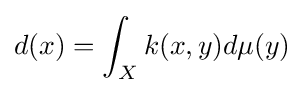
d(x)=\int _{X}k(x,y)d\mu (y)